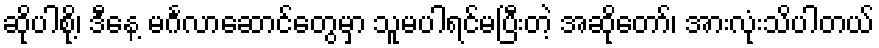
ဆိုပါစို့၊ ဒီနေ့ မင်္ဂလာဆောင်တွေမှာ သူမပါရင်မပြီးတဲ့ အဆိုတော်၊ အားလုံးသိပါတယ်